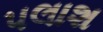
પલાશ